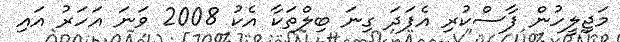
މަޖިލީހުން ފާސްކުރި އެފަދަ ގިނަ ބިލްތަކާ އެކު 2008 ވަނަ އަހަރު އައި